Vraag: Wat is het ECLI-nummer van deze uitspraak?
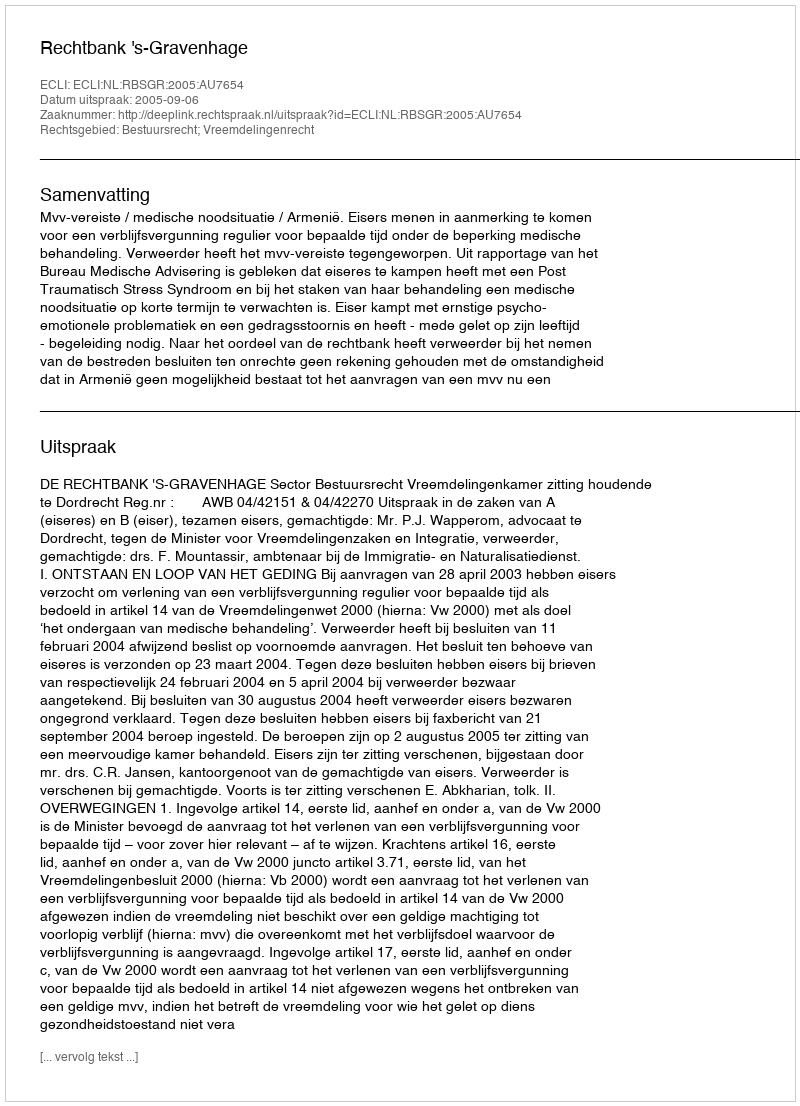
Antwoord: ECLI:NL:RBSGR:2005:AU7654